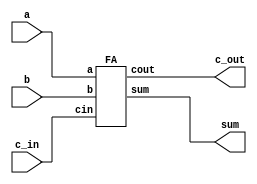
module N_bit_Ripple_adder (sum, c_out, a, b, c_in);
    parameter N = 1;
    input [N-1:0]a,b;
    input c_in;
    output [N-1:0]sum;
    output c_out;
    wire [N:0]carry;

    assign c_out = carry[N];
    assign  carry[0] = c_in;
    
    genvar i;
    generate for(i=0; i<N; i=i+1)
        begin
        FA fa1 (sum[i], carry[i+1], a[i], b[i], carry[i]);
//            wire t1, t2, t3;
//            xor x1 (t1, a[i], b[i]), X2 (sum[i], t1, carry[i]);
//            and a1 (t2, a[i], b[i]), a2 (t3, t1, carry[i]);
//            or r1 (carry[i+1], t2, t3);
        end
    endgenerate
endmodule

module FA (sum, cout, a, b, cin);
    input a, b, cin;
    output sum, cout;
    
    wire t1, t2, t3;
    xor x1 (t1, a, b), X2 (sum, t1, cin);
    and a1 (t2, a, b), a2 (t3, t1, cin);
    or r1 (cout, t2, t3);
endmodule